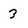
Character: 3